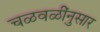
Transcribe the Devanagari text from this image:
चळवळींनुसार